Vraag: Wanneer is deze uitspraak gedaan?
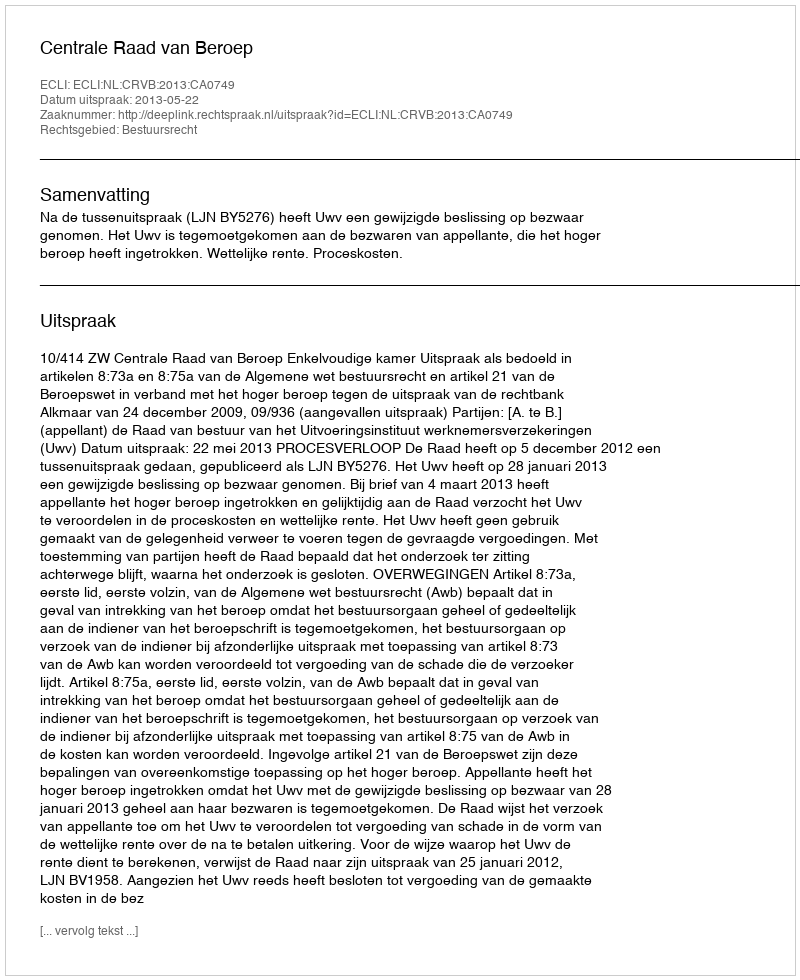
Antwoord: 2013-05-22